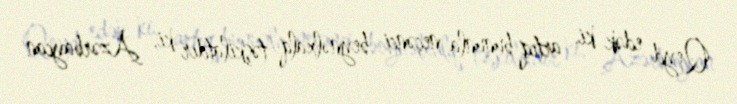
Qeyd edək ki, artıq bununla neçənci beynəlxalq təşkilatdır ki, Azərbaycan